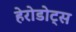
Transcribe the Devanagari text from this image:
हेरोडोट्स